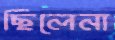
ছিলেনা